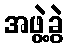
အဖွဲ့ခွဲ